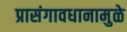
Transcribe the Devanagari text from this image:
प्रासंगावधानामुळे